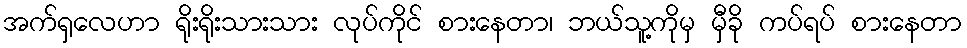
အက်ရှလေဟာ ရိုးရိုးသားသား လုပ်ကိုင် စားနေတာ၊ ဘယ်သူ့ကိုမှ မှီခို ကပ်ရပ် စားနေတာ